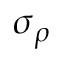
\sigma _ { \rho }